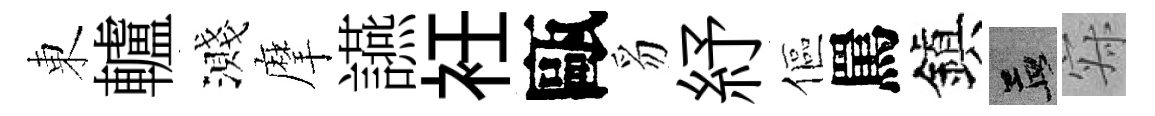
東轤濺摩讌衽甌豸紓傴罵鎭孟寂